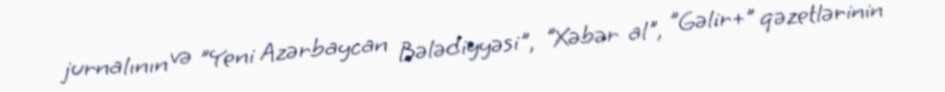
jurnalının və "Yeni Azərbaycan Bələdiyyəsi", "Xəbər al", "Gəlir+" qəzetlərinin